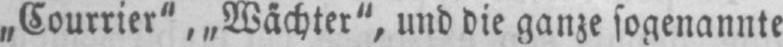
„Courrier“, „Wächter“, und die ganze sogenannte